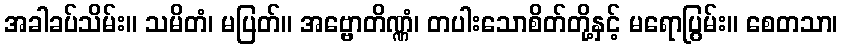
အခါခပ်သိမ်း။ သမိတံ၊ မပြတ်။ အဗ္ဗောတိဏ္ဏံ၊ တပါးသောစိတ်တို့နှင့် မရောပြွမ်း။ စေတသာ၊